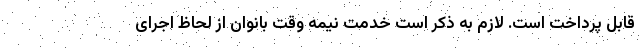
قابل پرداخت است. لازم به ذکر است خدمت نیمه وقت بانوان از لحاظ اجرای